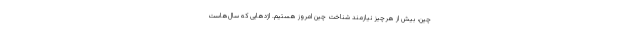
چین، بیش از هرچیز نیازمند شناخت چین امروز هستیم. اژدهایی که سال‌هاست